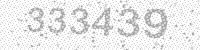
Solution: 333439